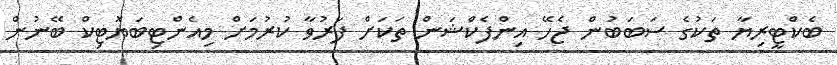
ބެކްޓީރިޔާ ތަކުގެ ސަބަބުން ޖެހޭ އިންފެކްޝަން ތަކަށް ފަރުވާ ކުރުމަށް މިއެންޓިބަޔޮޓިކް ބޭނުން